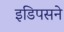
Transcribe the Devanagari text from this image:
इडिपसने